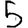
Digit: 5